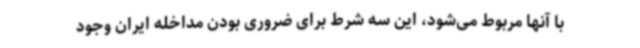
با آنها مربوط می‌شود، این سه شرط برای ضروری بودن مداخله ایران وجود